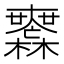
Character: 𣠮